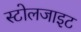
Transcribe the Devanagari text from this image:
स्टोलजाइट